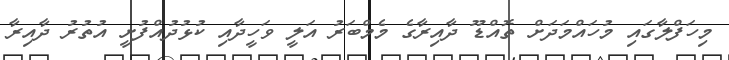
މިހަފްލާގައި މުހައްމަދަށް ތޮއްޑޫ ދާއިރާގެ މެމްބަރު އަލީ ވަހީދާއި ކުޅުދުއްފުށީ އުތުރު ދާއިރާ